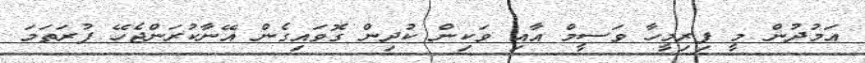
އަމުދުން މީ ފިރިމީހާ ވަސީމް އާއި ވަކިން ކުދިން ގޮވައިގެން އޭނާކުރަންޖެހޭ ފުރަތަމަ